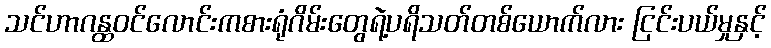
သင်ဟာဂန္ထဝင်လောင်းကစားရုံဂိမ်းတွေရဲ့ပရိသတ်တစ်ယောက်လား ငြင်းပယ်မှုနှင့်